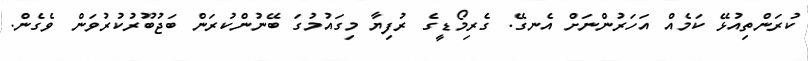
ކުރަންތިއުޅޭ ކަމެއް އަހަރުންނަށް އެނގޭ. ގެރިމޯޑީގެ ރުފިޔާ މިގައުމުގަ ބޭނުންކުރަން ބަޖުބޫރުކުރުވަން ވެގެން.